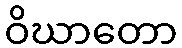
ဝိဃာတော